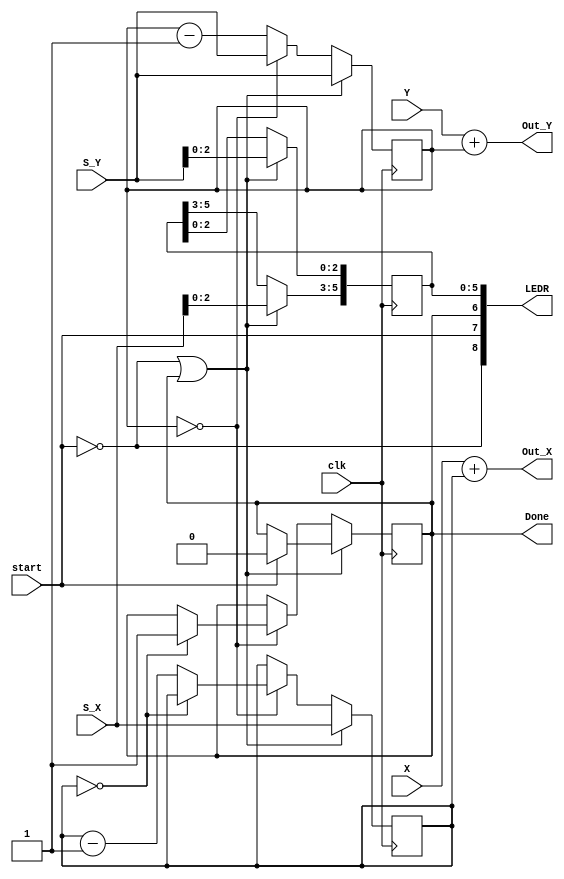
module drawSquare(S_X,
					S_Y,
					start,
					X,
					Y,
					Out_X,
					Out_Y,
					Done,
					clk, LEDR
					);

	input clk, start;
	input [3:0] S_X, S_Y;
	input [7:0] X, Y;
	output [7:0] Out_X, Out_Y;
	output reg Done;
	output [17:0] LEDR;
	
	reg [3:0] xCounter, yCounter;
	reg [5:0] counter;
	assign LEDR [5:0] = counter;
	assign LEDR [6] = Done;
	assign LEDR [7] = start;
	assign LEDR [8] = !start;
	always@(posedge clk)
	begin
		if (!start || Done)
		begin //resets counters
			xCounter <= S_X;
			yCounter <= S_Y;
			counter [5:3] <= S_X;
			counter [2:0] <= S_Y;
			if (start)
				Done <= 1'b0;
		end
		else
			begin
				if(yCounter == 3'b0) 
				begin //While block not filled
					if (xCounter == 3'b0)
						Done <= 1'b1;
					else 
						xCounter <= xCounter - 3'b1;
					yCounter <= S_Y;
				end
				else
					yCounter <= yCounter - 3'b1;
			end
	end	
	assign Out_X = X + xCounter;
	assign Out_Y = Y + yCounter;
endmodule